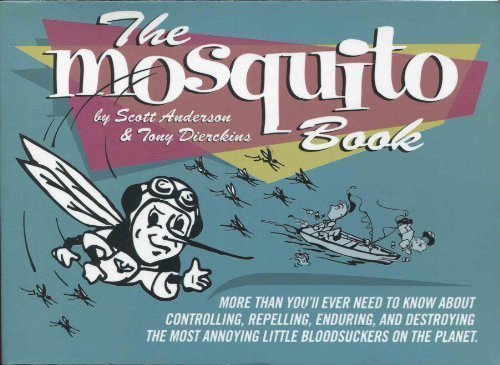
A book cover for The Mosquito Book; Scott Anderson; Sports & Outdoors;